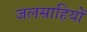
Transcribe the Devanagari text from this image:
जलसाहियों